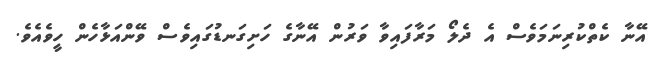
އޭނާ ކެތްކުރިނަމަވެސް އެ ދެލޯ މަރާފައިވާ ވަރުން އޭނާގެ ހަށިގަނޑުގައިވެސް ވޭންއަޅާހެން ހީވެއެވެ.